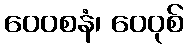
ဝေဝစနံ၊ ဝေဝုစ်